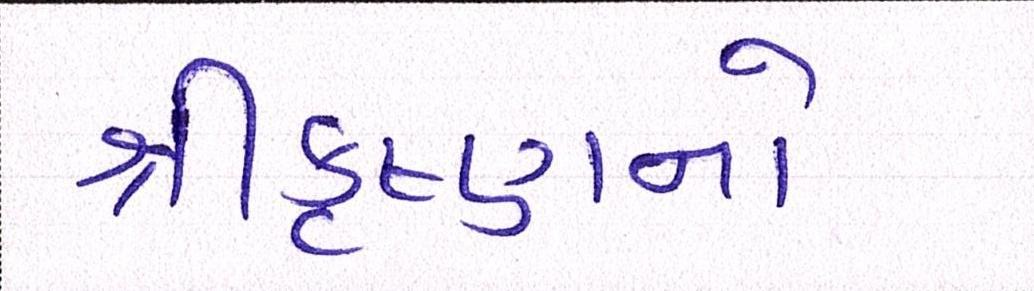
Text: શ્રીકૃષ્ણનો